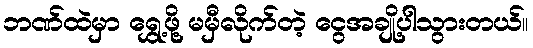
ဘဏ်ထဲမှာ ရွှေ့ဖို့ မမှီလိုက်တဲ့ ငွေအချို့ပါသွားတယ်။